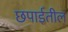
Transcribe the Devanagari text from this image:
छपाईतील